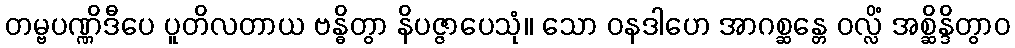
တမ္ဗပဏ္ဏိဒီပေ ပူတိလတာယ ဗန္ဓိတွာ နိပဇ္ဇာပေသုံ။ သော ဝနဒါဟေ အာဂစ္ဆန္တေ ဝလ္လိံ အစ္ဆိန္ဒိတွာဝ